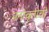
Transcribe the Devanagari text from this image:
मनोवृत्तीची